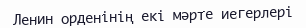
Ленин орденінің екі мәрте иегерлері